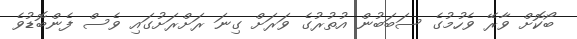
ބޯކޮށް ވާރޭ ވެހުމުގެ ސަބަބުން އުތުރުގެ ވަރަށް ގިނަ ރަށްރަށުގައި ވެސް ފެންބޮޑުވެ